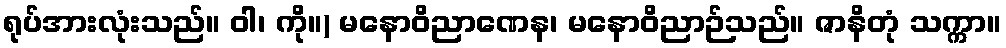
ရုပ်အားလုံးသည်။ ဝါ၊ ကို။) မနောဝိညာဏေန၊ မနောဝိညာဉ်သည်။ ဇာနိတုံ သက္ကာ။